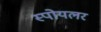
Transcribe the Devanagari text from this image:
स्पोयलर